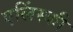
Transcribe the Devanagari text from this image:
एलिंस्की